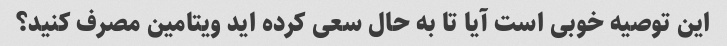
این توصیه خوبی است آیا تا به حال سعی کرده اید ویتامین مصرف کنید؟